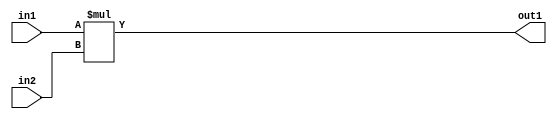
`timescale 1ps / 1ps
/*****************************************************************************
    Verilog RTL Description
    
    
    Created by: Stratus DpOpt 2019.1.01 
*******************************************************************************/

module SobelFilter_Mul_8Ux8U_16U_4 (
	in2,
	in1,
	out1
	); /* architecture "behavioural" */ 
input [7:0] in2,
	in1;
output [15:0] out1;
wire [15:0] asc001;

assign asc001 = 
	+(in1 * in2);

assign out1 = asc001;
endmodule

/* CADENCE  urj5TQ0= : u9/ySgnWtBlWxVPRXgAZ4Og= ** DO NOT EDIT THIS LINE ******/